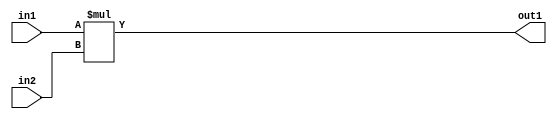
`timescale 1ps / 1ps
/*****************************************************************************
    Verilog RTL Description
    
    
    Created by: Stratus DpOpt 2019.1.01 
*******************************************************************************/

module SobelFilter_Mul_8Ux8U_16U_4 (
	in2,
	in1,
	out1
	); /* architecture "behavioural" */ 
input [7:0] in2,
	in1;
output [15:0] out1;
wire [15:0] asc001;

assign asc001 = 
	+(in1 * in2);

assign out1 = asc001;
endmodule

/* CADENCE  urj5TQ0= : u9/ySgnWtBlWxVPRXgAZ4Og= ** DO NOT EDIT THIS LINE ******/